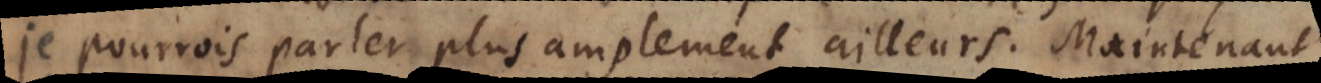
je pourrois parler plus amplement ailleurs. Maintenant